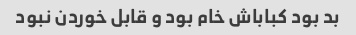
بد بود کباباش خام بود و قابل خوردن نبود